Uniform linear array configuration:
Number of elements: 16
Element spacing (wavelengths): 1
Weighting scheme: hamming
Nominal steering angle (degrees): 0
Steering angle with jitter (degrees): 0.4083
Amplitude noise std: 0.05
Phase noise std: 0.05

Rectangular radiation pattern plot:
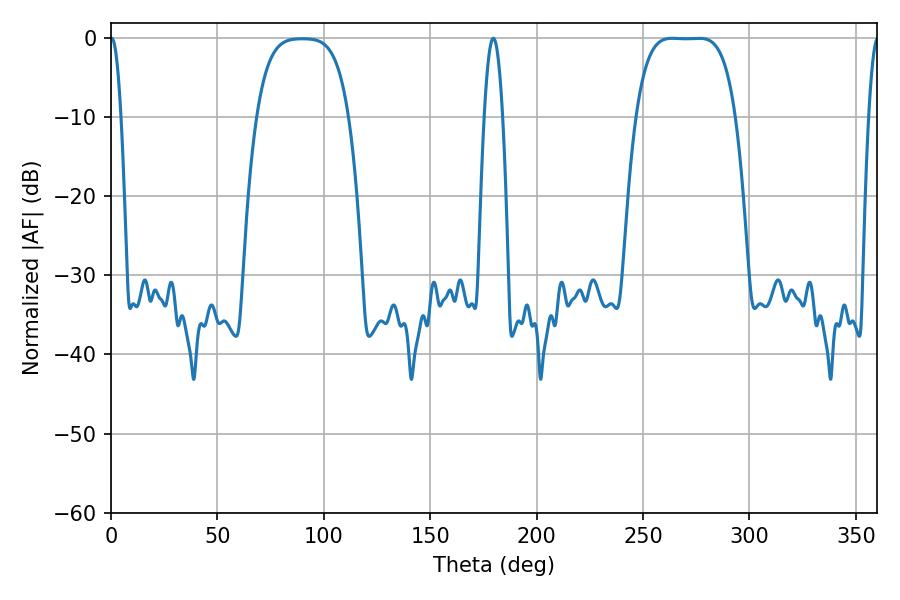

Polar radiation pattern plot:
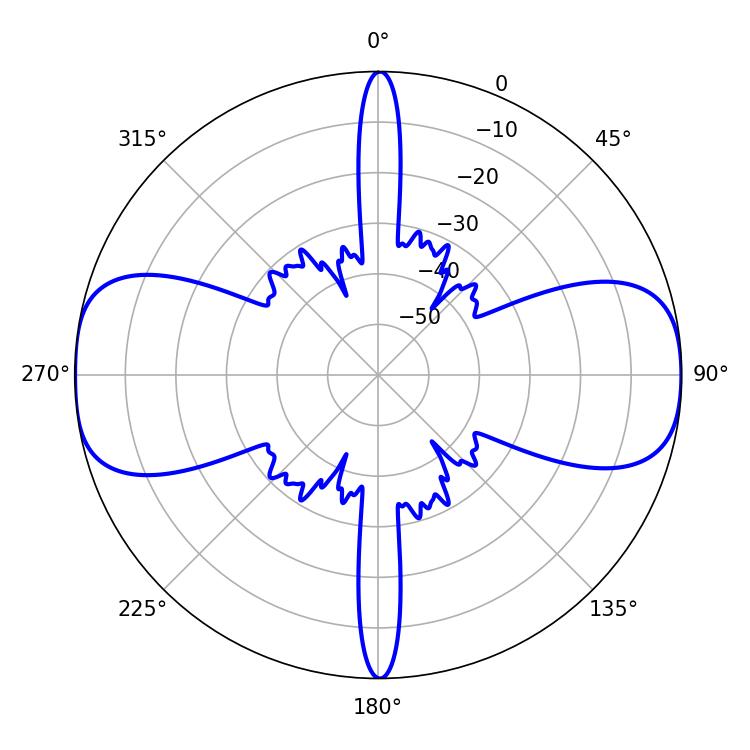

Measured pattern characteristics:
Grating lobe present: TRUE
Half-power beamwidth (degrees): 35.64
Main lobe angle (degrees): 263.7